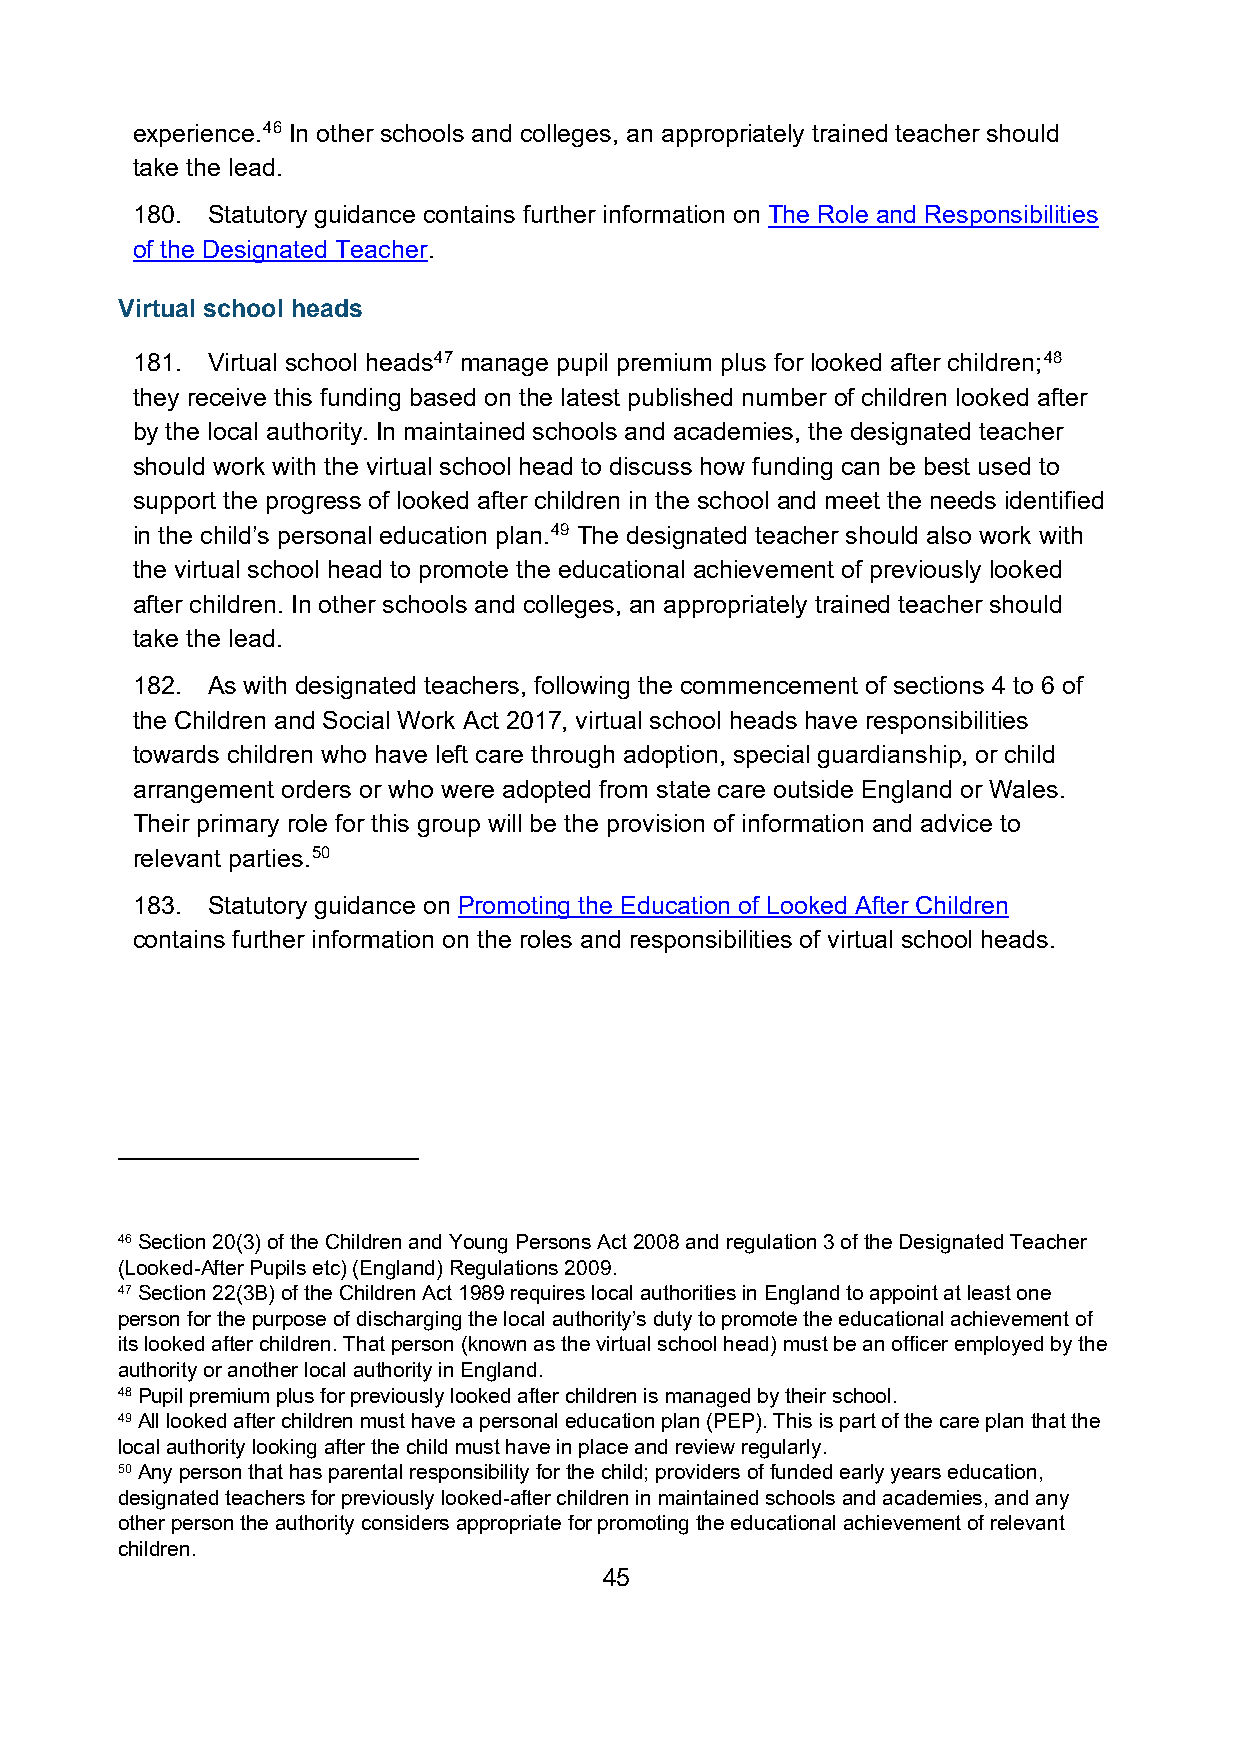
experience.46 In other schools and colleges, an appropriately trained teacher should
 take the lead.
 180. Statutory guidance contains further information on The Role and Responsibilities
 of the Designated Teacher.
 Virtual school heads
 181. Virtual school heads47 manage pupil premium plus for looked after children;48
 they receive this funding based on the latest published number of children looked after
 by the local authority. In maintained schools and academies, the designated teacher
 should work with the virtual school head to discuss how funding can be best used to
 support the progress of looked after children in the school and meet the needs identified
 in the child’s personal education plan.49 The designated teacher should also work with
 the virtual school head to promote the educational achievement of previously looked
 after children. In other schools and colleges, an appropriately trained teacher should
 take the lead.
 182. As with designated teachers, following the commencement of sections 4 to 6 of
 the Children and Social Work Act 2017, virtual school heads have responsibilities
 towards children who have left care through adoption, special guardianship, or child
 arrangement orders or who were adopted from state care outside England or Wales.
 Their primary role for this group will be the provision of information and advice to
 relevant parties.50
 183. Statutory guidance on Promoting the Education of Looked After Children
 contains further information on the roles and responsibilities of virtual school heads.
 46 Section 20(3) of the Children and Young Persons Act 2008 and regulation 3 of the Designated Teacher
 (Looked-After Pupils etc) (England) Regulations 2009.
 47 Section 22(3B) of the Children Act 1989 requires local authorities in England to appoint at least one
 person for the purpose of discharging the local authority’s duty to promote the educational achievement of
 its looked after children. That person (known as the virtual school head) must be an officer employed by the
 authority or another local authority in England.
 48 Pupil premium plus for previously looked after children is managed by their school.
 49 All looked after children must have a personal education plan (PEP). This is part of the care plan that the
 local authority looking after the child must have in place and review regularly.
 50 Any person that has parental responsibility for the child; providers of funded early years education,
 designated teachers for previously looked-after children in maintained schools and academies, and any
 other person the authority considers appropriate for promoting the educational achievement of relevant
 children.
 45